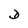
Character: D